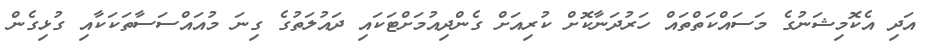
އަދި އެކޮމިޝަނުގެ މަސައްކަތްތައް ހަރުދަނާކޮށް ކުރިއަށް ގެންދިއުމަށްޓަކައި ދައުލަތުގެ ގިނަ މުއައްސަސާތަކަކާއި ގުޅިގެން